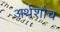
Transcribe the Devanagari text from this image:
अर्थशौच